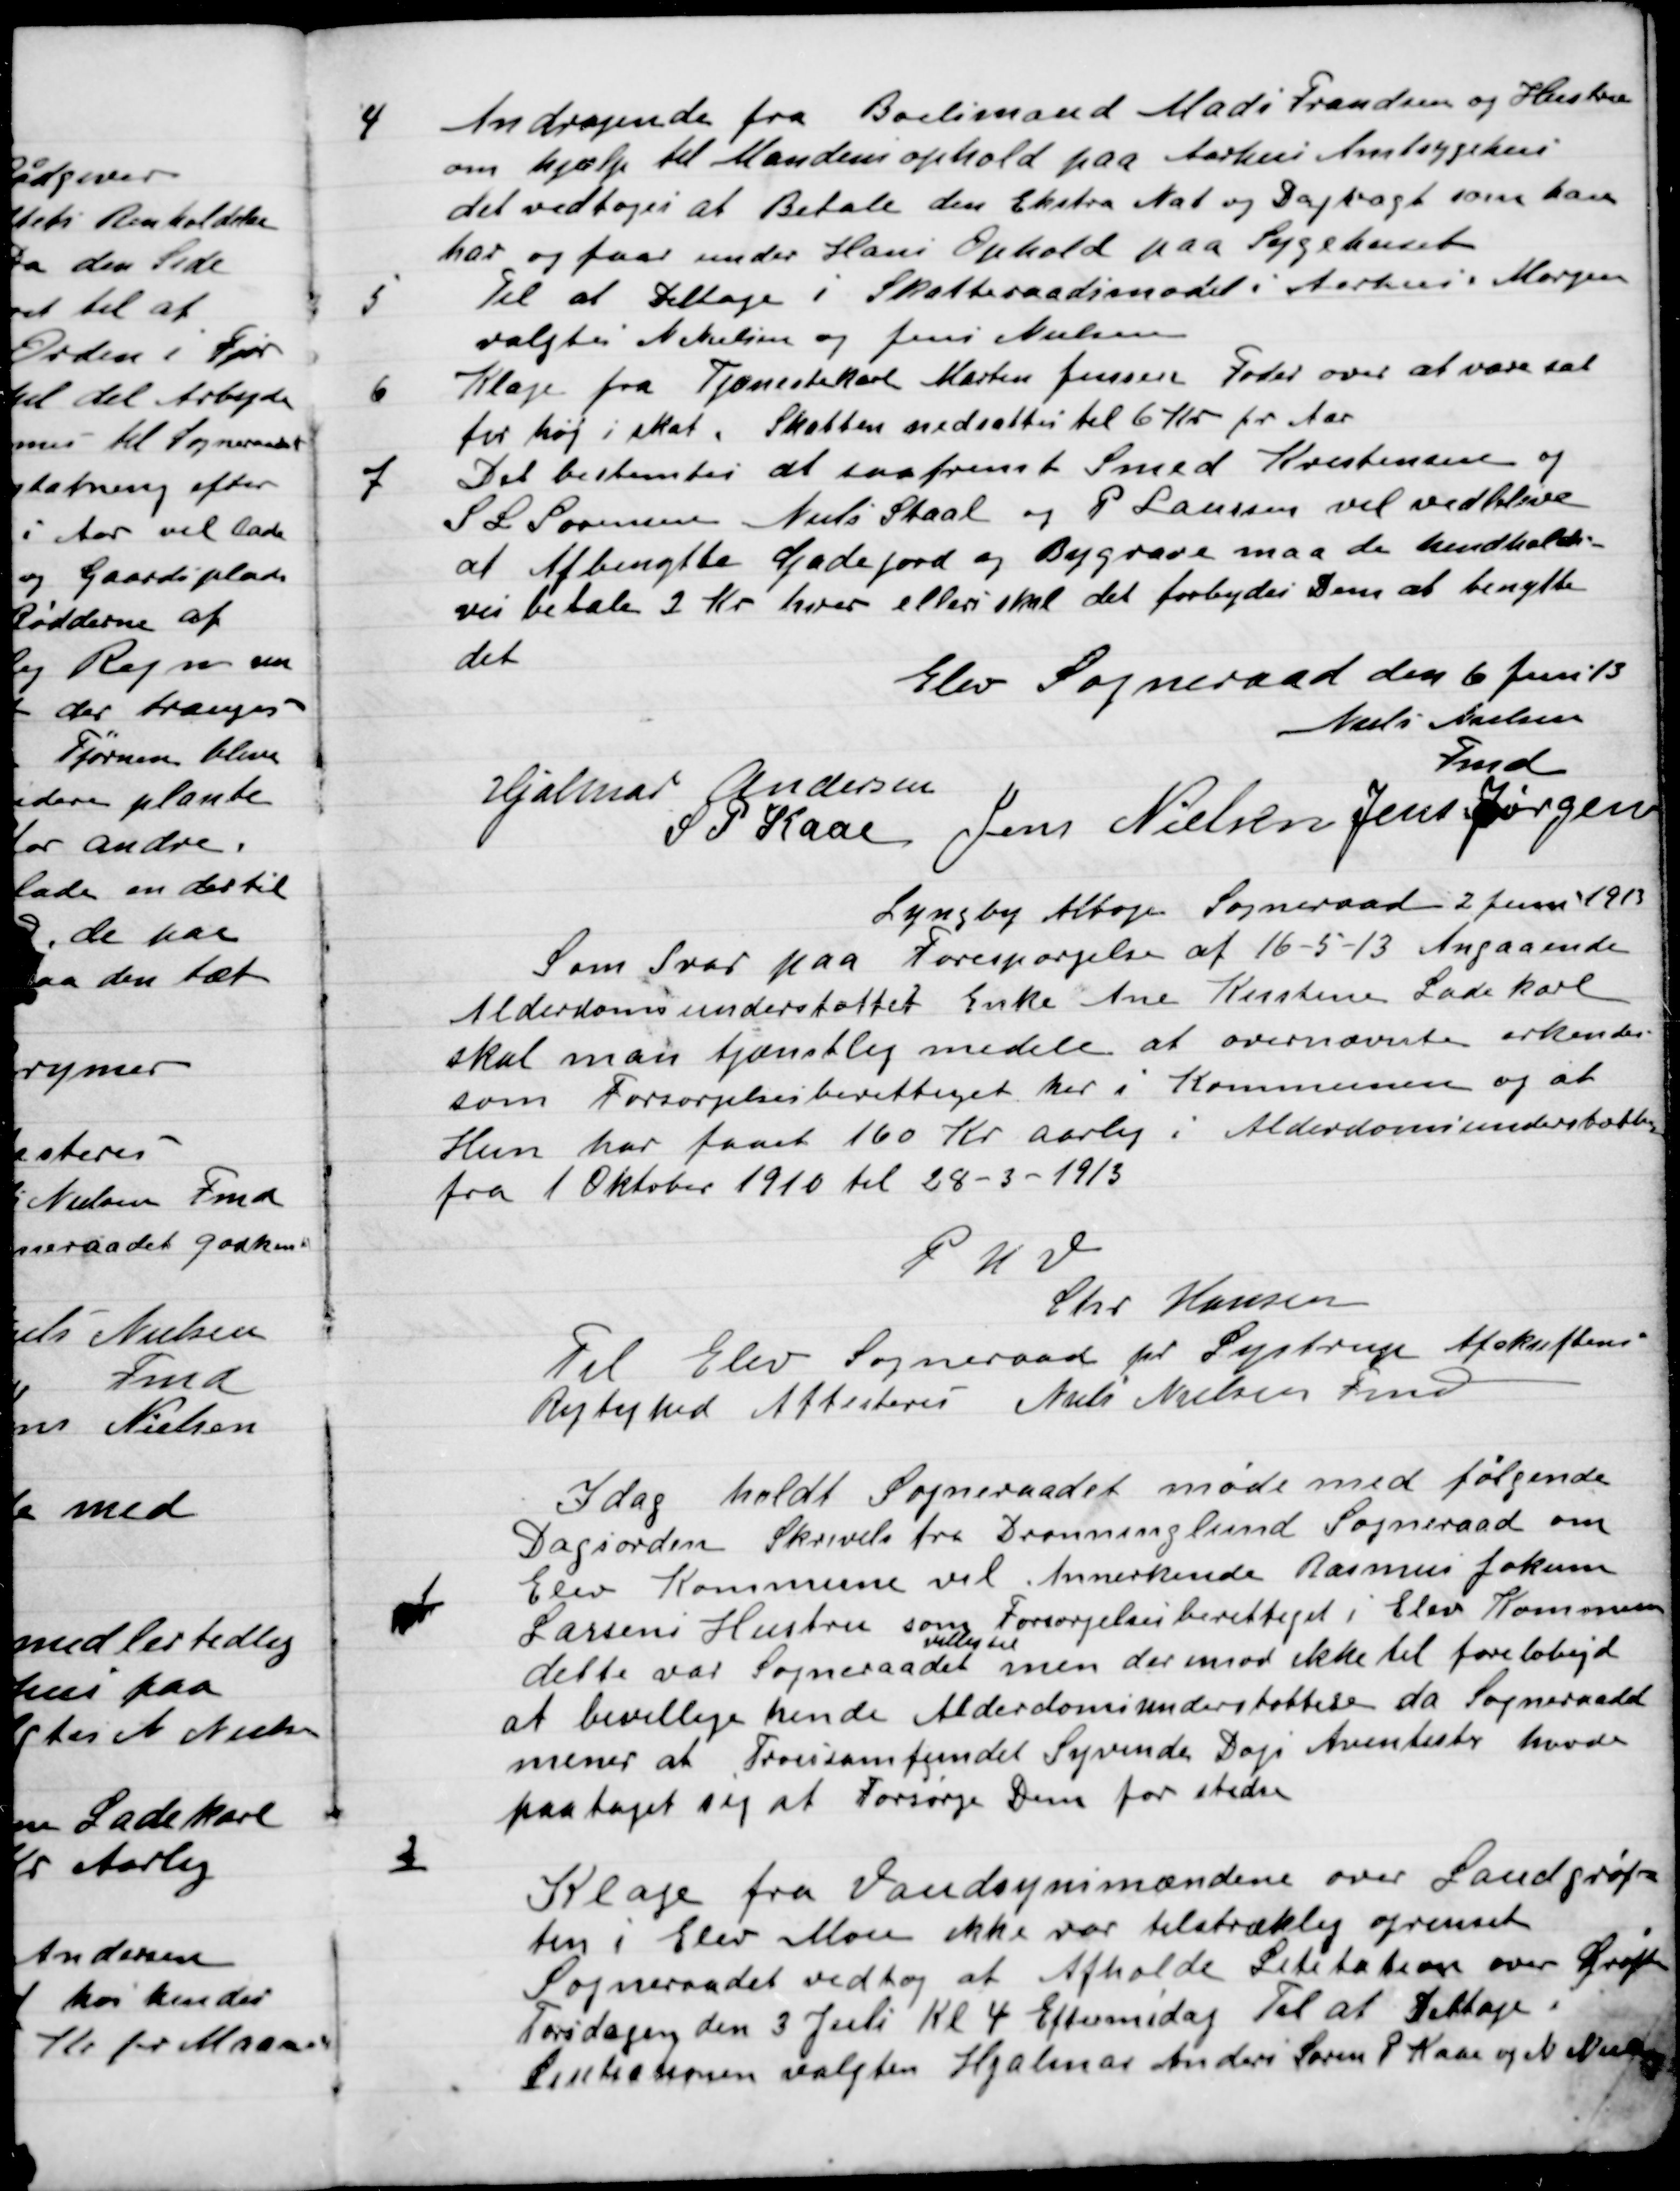
Transskription:
4

Andragende fra Boelsmand Madi Frandsen og Hustru
om hjælp til Mandens ophold på Aarhus Amtssygehus
Det vedtoges at betale den Ekstra Nat og Dagvagt som han
har og faar under Hans Ophold paa Sygehuset.

5

Til at Deltage i Skatteraadsmødet i Aarhus i Morgen
Valgtes Nikeline og Jens Nielsen.

6

Klage fra Tjenestekarl Morten Jensen Foder over at være sat
for høj i skat. Skatten nedsættes til 6 Kr. pr. Aar.

7

Det bestemtes at saafremt Smed Krestensen og
S.L. Sørensen, Niels Staal og P. Laursen vil vedblive
at Afbenytte Gadejord og Bygvare maa henholds-
vis betale 2 Kr. hver ellers skal det forbydes Dem at benytte
det.

Elev Sogneraad den 6 Juni 13

Niels Nielsen
Fmd.
Hjalmar Andersen
S.P. Kaas
Jens Nielsen
Jens Jørgensen

Lyngby Albøge Sogneraad 2 Juni 1913
Som Svar paa Forespørgsel af 16-5-13 Angaaende
Alderdomsunderstøttet Enke Ane Kirstine Ladekarl
Skal man tjænstlig melde at overnævnte erkendes
som Forsørgelse berettiget her i Kommunen og at
Hun har faaet 160 Kr. aarlig i Alderdomsunderstøttelse
fra 1 Oktober 1910 til 28-3-1813.
P.H.V.
 Chr. Hansen
Til Elev Sogneraad pr. Lystrup Afskriftens
Rigtighed Attesteres Niels Nielsen Fmd.

I dag holdt Sogneraadet møde med følgende
Dagsorden.

1

Skrivelse fra Dronninglund Sogneraad om
Elev Kommune vil Anerkende Rasmus Jokum
Larsens Hustru som Forsørgelsesberettiget i Elev Kommune,
dette var Sogneraadet villig til, men der imod ikke til foreløbigt
at bevillige hende Alderdomsunderstøttelse da Sogneraadet
mener at Trossamfundet Syvende Dags Adventister havde
paataget sig at forsørge Dem for stedse.

2

Klage fra Vandsynsmændene over Land grøf-
ten I Elev Mose ikke var tilstrækkelig oprenset
Sogneraadet vedtog at  Afholde Licitation over Grøften
Torsdagen den 3 Juli Kl. 4 Eftermiddag. Til at Deltage i
Licitationen valgtes Hjalmar Andersen, Søren P. Kaas og Niels Nielsen